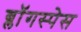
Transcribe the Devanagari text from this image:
ब्लॉगस्पेस